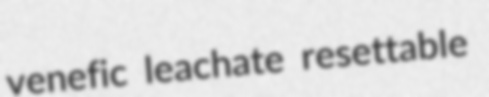
venefic leachate resettable